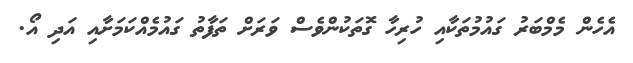
އެހެން މެމްބަރު ގައުމުތަކާއި ހުރިހާ ގޮތަކުންވެސް ވަރަށް ތަފާތު ގައުމެއްކަމަށާއި އަދި އޯ.